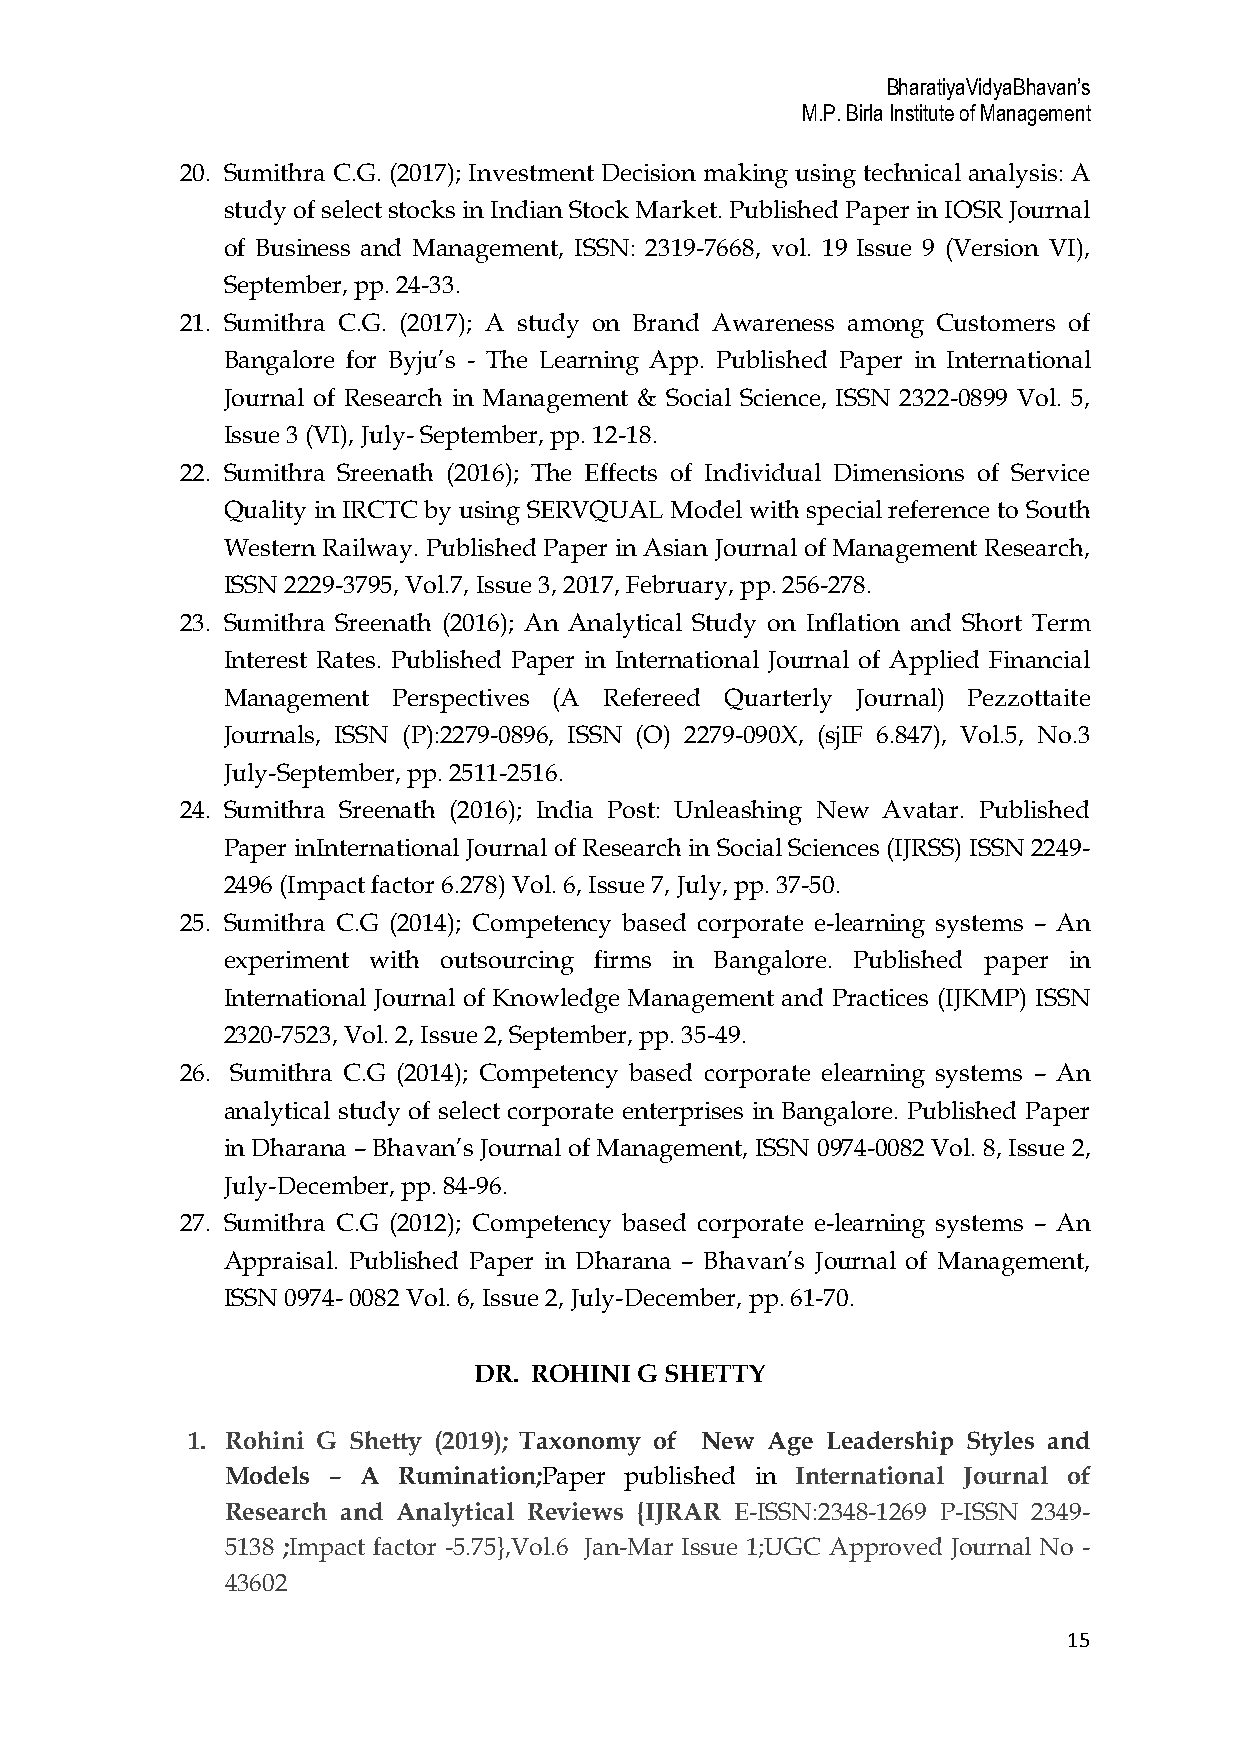
BharatiyaVidyaBhavan’s
 M.P. Birla Institute of Management
 20. Sumithra C.G. (2017); Investment Decision making using technical analysis: A
 study of select stocks in Indian Stock Market. Published Paper in IOSR Journal
 of Business and Management, ISSN: 2319-7668, vol. 19 Issue 9 (Version VI),
 September, pp. 24-33.
 21. Sumithra C.G. (2017); A study on Brand Awareness among Customers of
 Bangalore for Byju’s - The Learning App. Published Paper in International
 Journal of Research in Management & Social Science, ISSN 2322-0899 Vol. 5,
 Issue 3 (VI), July- September, pp. 12-18.
 22. Sumithra Sreenath (2016); The Effects of Individual Dimensions of Service
 Quality in IRCTC by using SERVQUAL Model with special reference to South
 Western Railway. Published Paper in Asian Journal of Management Research,
 ISSN 2229-3795, Vol.7, Issue 3, 2017, February, pp. 256-278.
 23. Sumithra Sreenath (2016); An Analytical Study on Inflation and Short Term
 Interest Rates. Published Paper in International Journal of Applied Financial
 Management Perspectives (A Refereed Quarterly Journal) Pezzottaite
 Journals, ISSN (P):2279-0896, ISSN (O) 2279-090X, (sjIF 6.847), Vol.5, No.3
 July-September, pp. 2511-2516.
 24. Sumithra Sreenath (2016); India Post: Unleashing New Avatar. Published
 Paper inInternational Journal of Research in Social Sciences (IJRSS) ISSN 2249-
 2496 (Impact factor 6.278) Vol. 6, Issue 7, July, pp. 37-50.
 25. Sumithra C.G (2014); Competency based corporate e-learning systems – An
 experiment with outsourcing firms in Bangalore. Published paper in
 International Journal of Knowledge Management and Practices (IJKMP) ISSN
 2320-7523, Vol. 2, Issue 2, September, pp. 35-49.
 26. Sumithra C.G (2014); Competency based corporate elearning systems – An
 analytical study of select corporate enterprises in Bangalore. Published Paper
 in Dharana – Bhavan’s Journal of Management, ISSN 0974-0082 Vol. 8, Issue 2,
 July-December, pp. 84-96.
 27. Sumithra C.G (2012); Competency based corporate e-learning systems – An
 Appraisal. Published Paper in Dharana – Bhavan’s Journal of Management,
 ISSN 0974- 0082 Vol. 6, Issue 2, July-December, pp. 61-70.
 DR. ROHINI G SHETTY
 1. Rohini G Shetty (2019); Taxonomy of New Age Leadership Styles and
 Models – A Rumination;Paper published in International Journal of
 Research and Analytical Reviews {IJRAR E-ISSN:2348-1269 P-ISSN 2349-
 5138 ;Impact factor -5.75},Vol.6 Jan-Mar Issue 1;UGC Approved Journal No -
 43602
 15